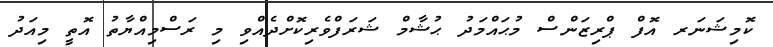
ކޮމިޝަނަރ އޮފް ޕްރިޒަންސް މުޙައްމަދު ޙުޝާމް ޝަރަފްވެރިކޮށްދެއްވި މި ރަސްމިއްޔާތު އޮތީ މިއަދު